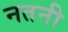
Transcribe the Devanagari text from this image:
नतनी